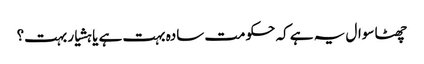
چھٹا سوال یہ ہے کہ حکومت سادہ بہت ہے یا ہشیار بہت؟